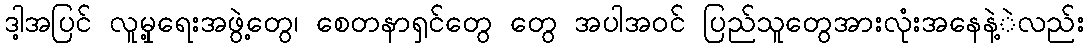
ဒါ့အပြင် လူမှု့ရေးအဖွဲ့တွေ၊ စေတနာရှင်တွေ တွေ အပါအဝင် ပြည်သူတွေအားလုံးအနေနဲ့ဲလည်း